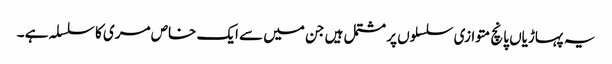
یہ پہاڑیاں پانچ متوازی سلسلوں پر مشتمل ہیں جن میں سے ایک خاص مری کا سلسلہ ہے ۔